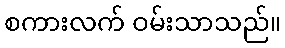
စကားလက် ဝမ်းသာသည်။